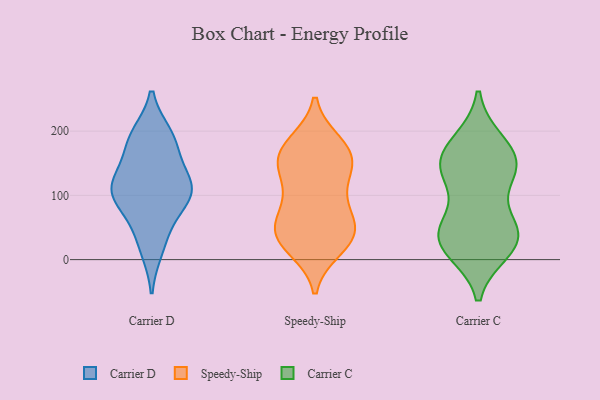
{"axis": {"x": "Net Income (USD K)", "y": "Value"}, "legend": ["Carrier C", "Carrier D", "Speedy-Ship"], "data": [{"x": "", "y": 110, "type": "Carrier D"}, {"x": "", "y": 48, "type": "Carrier D"}, {"x": "", "y": 122, "type": "Carrier D"}, {"x": "", "y": 182, "type": "Carrier D"}, {"x": "", "y": 192, "type": "Carrier D"}, {"x": "", "y": 129, "type": "Carrier D"}, {"x": "", "y": 98, "type": "Carrier D"}, {"x": "", "y": 184, "type": "Carrier D"}, {"x": "", "y": 101, "type": "Carrier D"}, {"x": "", "y": 17, "type": "Carrier D"}, {"x": "", "y": 97, "type": "Carrier D"}, {"x": "", "y": 19, "type": "Speedy-Ship"}, {"x": "", "y": 143, "type": "Speedy-Ship"}, {"x": "", "y": 40, "type": "Speedy-Ship"}, {"x": "", "y": 41, "type": "Speedy-Ship"}, {"x": "", "y": 67, "type": "Speedy-Ship"}, {"x": "", "y": 98, "type": "Speedy-Ship"}, {"x": "", "y": 167, "type": "Speedy-Ship"}, {"x": "", "y": 87, "type": "Speedy-Ship"}, {"x": "", "y": 166, "type": "Speedy-Ship"}, {"x": "", "y": 180, "type": "Speedy-Ship"}, {"x": "", "y": 30, "type": "Speedy-Ship"}, {"x": "", "y": 146, "type": "Speedy-Ship"}, {"x": "", "y": 136, "type": "Speedy-Ship"}, {"x": "", "y": 37, "type": "Speedy-Ship"}, {"x": "", "y": 172, "type": "Speedy-Ship"}, {"x": "", "y": 46, "type": "Speedy-Ship"}, {"x": "", "y": 14, "type": "Carrier C"}, {"x": "", "y": 58, "type": "Carrier C"}, {"x": "", "y": 15, "type": "Carrier C"}, {"x": "", "y": 21, "type": "Carrier C"}, {"x": "", "y": 183, "type": "Carrier C"}, {"x": "", "y": 184, "type": "Carrier C"}, {"x": "", "y": 43, "type": "Carrier C"}, {"x": "", "y": 37, "type": "Carrier C"}, {"x": "", "y": 131, "type": "Carrier C"}, {"x": "", "y": 141, "type": "Carrier C"}, {"x": "", "y": 145, "type": "Carrier C"}, {"x": "", "y": 148, "type": "Carrier C"}, {"x": "", "y": 46, "type": "Carrier C"}, {"x": "", "y": 161, "type": "Carrier C"}, {"x": "", "y": 45, "type": "Carrier C"}, {"x": "", "y": 132, "type": "Carrier C"}]}